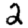
Digit: 2